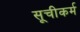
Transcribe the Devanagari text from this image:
सूचीकर्म